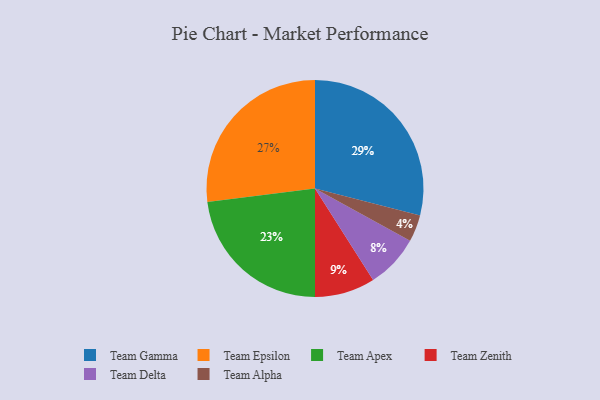
{"axis": {"x": "Category", "y": "Percentage"}, "legend": ["Team Alpha", "Team Apex", "Team Delta", "Team Epsilon", "Team Gamma", "Team Zenith"], "data": [{"x": "Team Delta", "y": 8, "type": "Team Delta"}, {"x": "Team Apex", "y": 23, "type": "Team Apex"}, {"x": "Team Epsilon", "y": 27, "type": "Team Epsilon"}, {"x": "Team Zenith", "y": 9, "type": "Team Zenith"}, {"x": "Team Gamma", "y": 29, "type": "Team Gamma"}, {"x": "Team Alpha", "y": 4, "type": "Team Alpha"}]}